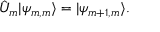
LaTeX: \hat { U } _ { m } | \psi _ { m , m } \rangle = | \psi _ { m + 1 , m } \rangle .